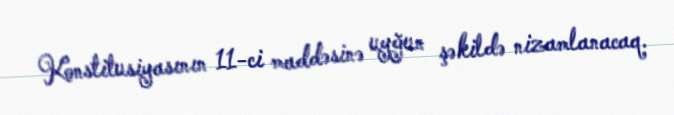
Konstitusiyasının 11-ci maddəsinə uyğun şəkildə nizamlanacaq.